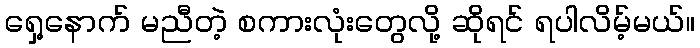
ရှေ့နောက် မညီတဲ့ စကားလုံးတွေလို့ ဆိုရင် ရပါလိမ့်မယ်။